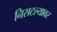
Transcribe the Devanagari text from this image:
निसटल्यावर